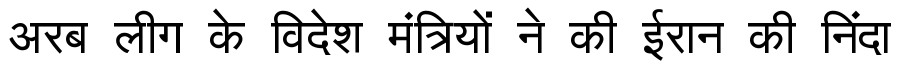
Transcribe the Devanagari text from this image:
अरब लीग के विदेश मंत्रियों ने की ईरान की निंदा